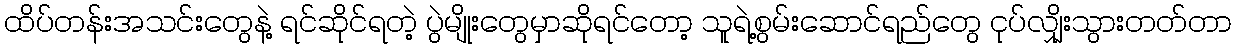
ထိပ်တန်းအသင်းတွေနဲ့ ရင်ဆိုင်ရတဲ့ ပွဲမျိုးတွေမှာဆိုရင်တော့ သူရဲ့စွမ်းဆောင်ရည်တွေ ငုပ်လျှိုးသွားတတ်တာ